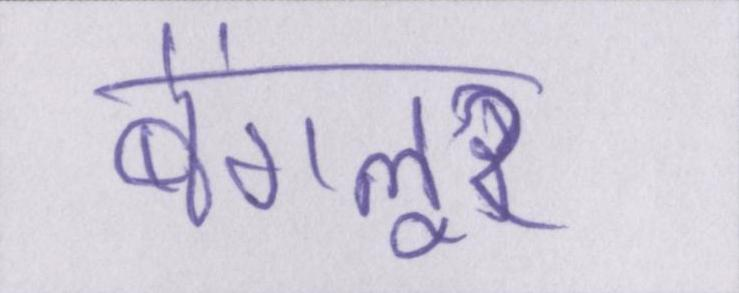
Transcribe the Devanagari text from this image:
बेंगलूर